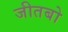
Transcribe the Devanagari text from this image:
जीतबो